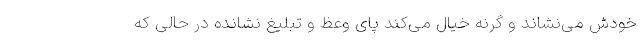
خودش می‌نشاند و گرنه خیال می‌کند پای وعظ و تبلیغ نشانده در حالی که